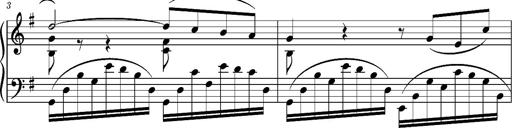
Title: Album-Leaf 'Agitato in G major' (S.167l/1)
Composer: Franz Liszt
Key: G major (S.167l/1)